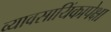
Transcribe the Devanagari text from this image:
व्यावसायिंकापेक्षा